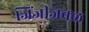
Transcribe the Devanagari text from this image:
जिंजीजवळ